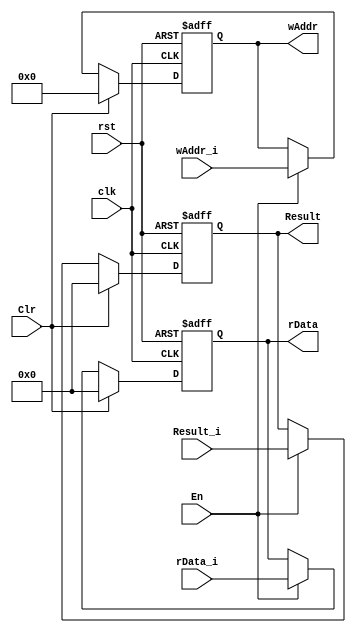
module MEM_Register (clk,rst,En,Clr,rData_i,Result_i,wAddr_i,rData,Result,wAddr);

	input clk, rst;
	input En, Clr;
	input[31:0] rData_i, Result_i;
	input[4:0] wAddr_i;

	output[31:0] rData, Result;
	output[4:0] wAddr;
		reg[31:0] rData, Result;
		reg[4:0] wAddr;

	always @(posedge clk or negedge rst)
	begin
		if(!rst)
			{rData,Result,wAddr} <= {32'd0,32'd0,5'd0};
		else
			if(Clr)
				{rData,Result,wAddr} <= {32'd0,32'd0,5'd0};
			else if(En)
				{rData,Result,wAddr} <= {rData_i,Result_i,wAddr_i};
	end

endmodule